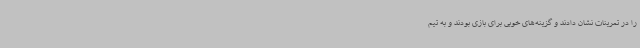
را در تمرینات نشان دادند و گزینه‌های خوبی برای بازی بودند و به تیم